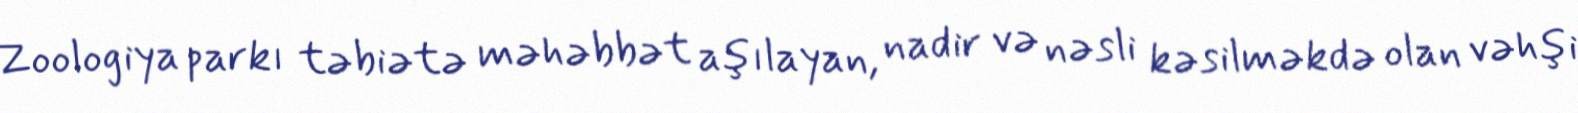
Zoologiya parkı təbiətə məhəbbət aşılayan, nadir və nəsli kəsilməkdə olan vəhşi